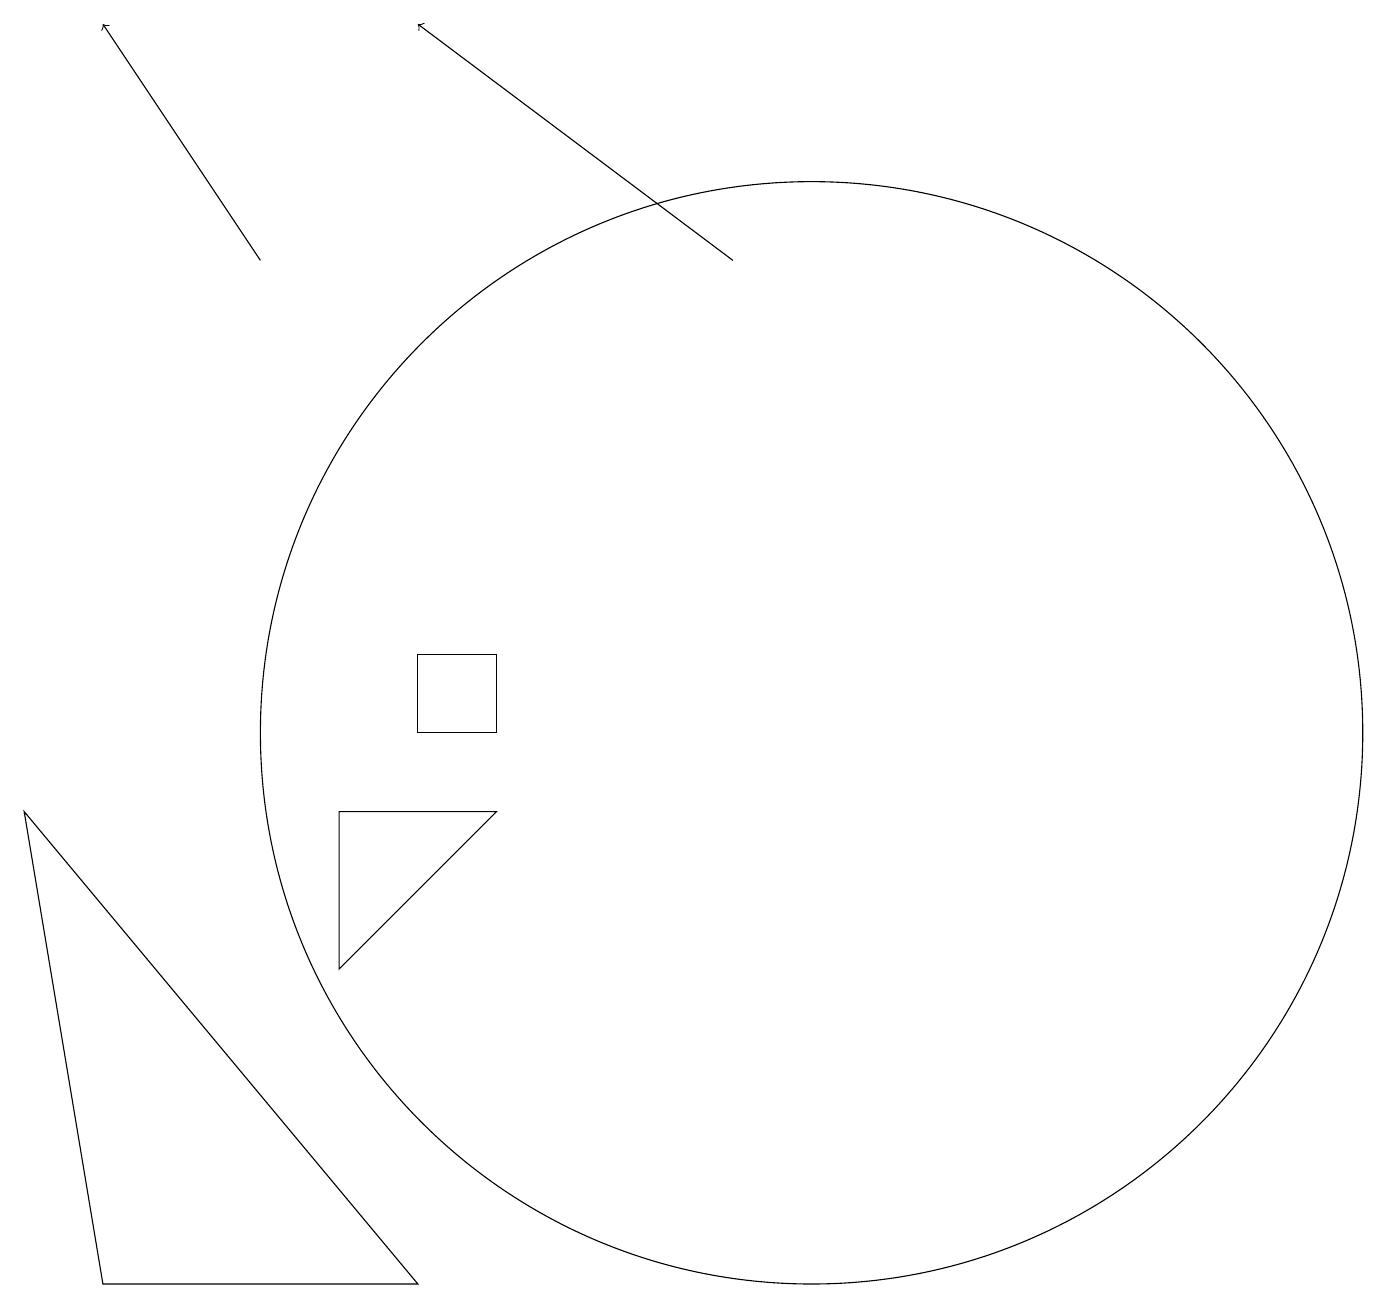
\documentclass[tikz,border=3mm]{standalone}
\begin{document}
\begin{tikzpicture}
\draw (10,10) circle (7);
\draw (5,10) rectangle (6,11);
\draw[->] (3,16) -- (1,19);
\draw[->] (9,16) -- (5,19);
\draw (0,9) -- (5,3) -- (1,3) -- cycle;
\draw (4,7) -- (6,9) -- (4,9) -- cycle;
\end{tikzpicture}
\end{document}